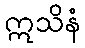
ဣသိနံ